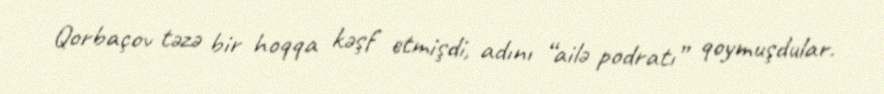
Qorbaçov təzə bir hoqqa kəşf etmişdi, adını “ailə podratı” qoymuşdular.